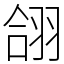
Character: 翖